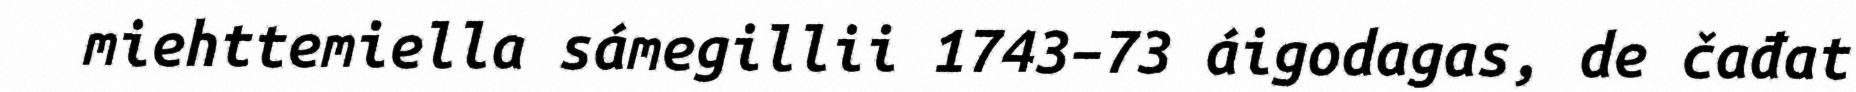
miehttemiella sámegillii 1743–73 áigodagas, de čađat